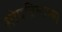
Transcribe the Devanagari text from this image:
सोपविलेल्या